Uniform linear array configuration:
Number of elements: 12
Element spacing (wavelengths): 1
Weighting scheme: cosine
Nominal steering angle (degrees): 30
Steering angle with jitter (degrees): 28.949
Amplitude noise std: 0.05
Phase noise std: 0.05

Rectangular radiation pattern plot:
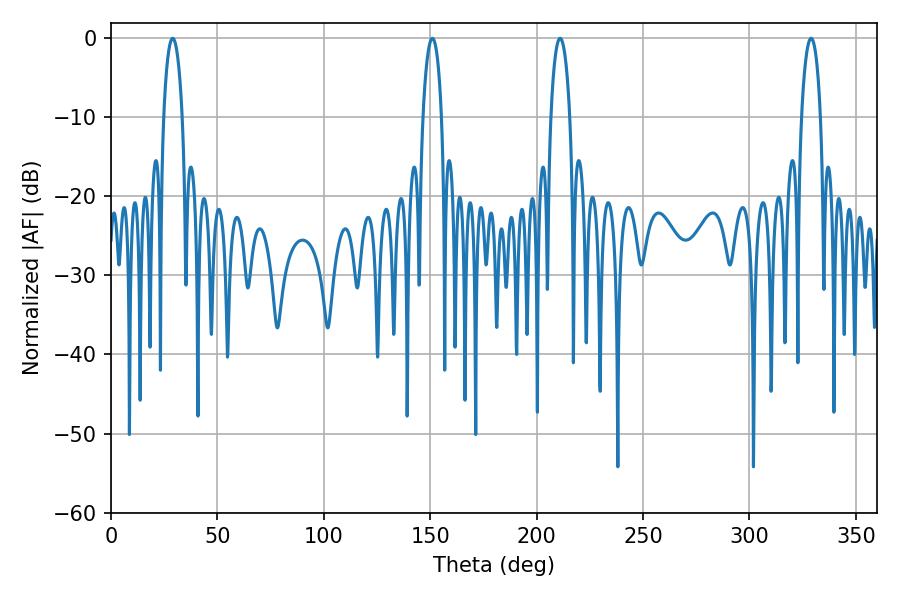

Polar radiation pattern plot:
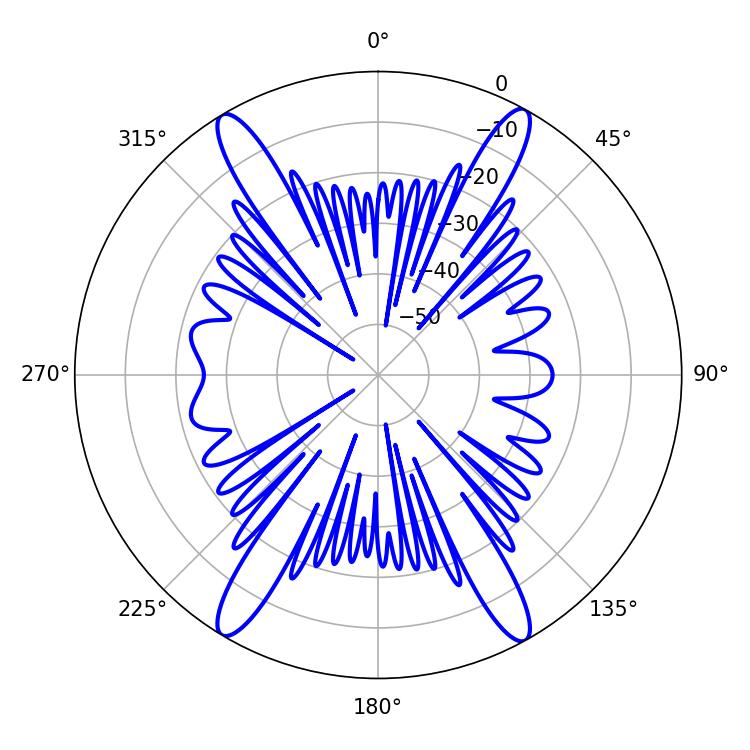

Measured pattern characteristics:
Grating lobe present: TRUE
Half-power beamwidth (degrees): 5.04
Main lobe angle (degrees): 151.02